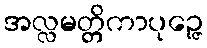
အလ္လမတ္တိကာပုဉ္ဇေ